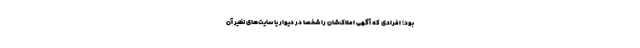
بود؛ افرادی که آگهی املاک‌شان را شخصا در دیوار یا سایت‌های نظیر آن